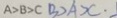
A > B > C B > A > C \cdot